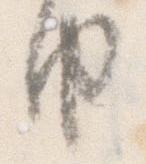
由